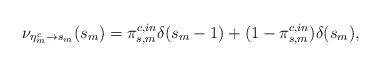
LaTeX: \begin{align*}\nu_{\eta_{m}^{c}\rightarrow s_{m}}(s_{m})=\pi_{s,m}^{c,in}\delta(s_{m}-1)+(1-\pi_{s,m}^{c,in})\delta(s_{m}),\end{align*}